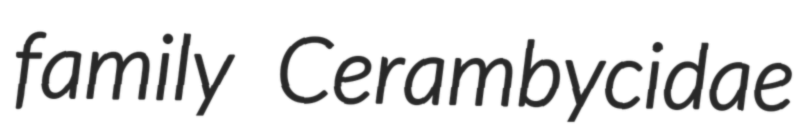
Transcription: family Cerambycidae